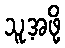
သူ့အဖို့